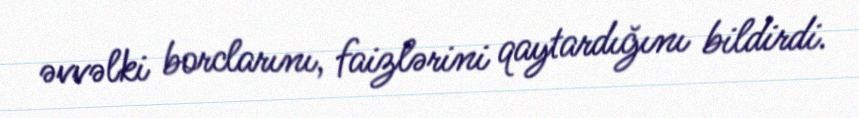
əvvəlki borclarını, faizlərini qaytardığını bildirdi.